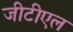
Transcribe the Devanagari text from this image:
जीटीएल